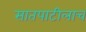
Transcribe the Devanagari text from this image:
सातपाटीलाच